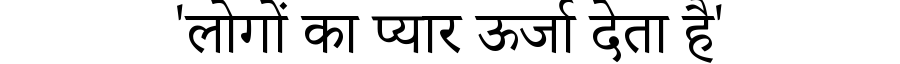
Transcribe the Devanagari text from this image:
'लोगों का प्यार ऊर्जा देता है'